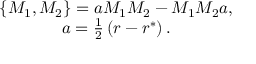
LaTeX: \begin{array} { c } { { \left\{ M _ { 1 } , M _ { 2 } \right\} = a M _ { 1 } M _ { 2 } - M _ { 1 } M _ { 2 } a , } } \\ { { a = \frac 1 2 \left( r - r ^ { * } \right) . } } \end{array}